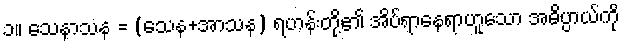
၁။ သေနာသန = (သေန+အာသန) ရဟန်းတို့၏ အိပ်ရာနေရာဟူသော အဓိပ္ပာယ်ကို